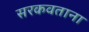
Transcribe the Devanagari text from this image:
सरकवताना